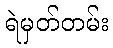
ရဲမှတ်တမ်း